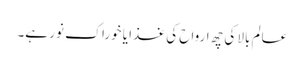
عالم بالا کی چھ ارواح کی غذا یا خوراک نور ہے۔